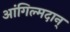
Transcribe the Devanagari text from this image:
आंगिल्मदान्